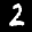
Label: 2